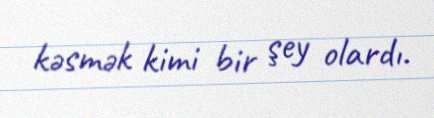
kəsmək kimi bir şey olardı.